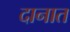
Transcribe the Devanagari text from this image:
दानात